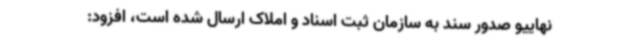
نهاییو صدور سند به سازمان ثبت اسناد و املاک ارسال شده است، افزود: